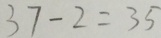
3 7 - 2 = 3 5